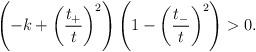
LaTeX: \begin{align*}\left( -k +\left(\frac{t_+}{t}\right)^2\right)\left(1 -\left(\frac{t_-}{t}\right)^2\right) > 0.\end{align*}